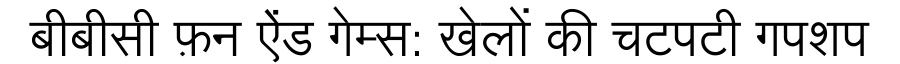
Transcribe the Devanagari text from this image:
बीबीसी फ़न ऐंड गेम्स: खेलों की चटपटी गपशप